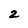
Character: z